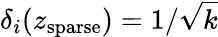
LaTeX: \delta_{i}(z_{\mathrm{sparse}})={1}/{\sqrt{k}}